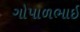
ગોપાળભાઈ